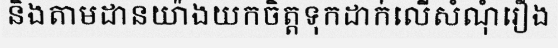
និងតាមដានយ៉ាងយកចិត្តទុកដាក់លើសំណុំរឿង